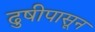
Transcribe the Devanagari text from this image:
ढुषीपासून